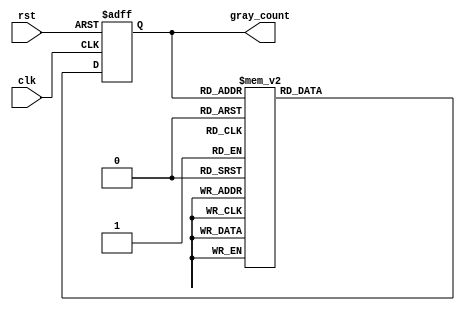
module GrayCounter (
    input wire clk,
    input wire rst,
    output reg [3:0] gray_count
);

reg [3:0] gray_count_next;

// Gray code sequence
always @(posedge clk or posedge rst) begin
    if (rst) begin
        gray_count <= 4'b0000;
    end else begin
        gray_count <= gray_count_next;
    end
end

// Gray code counter logic
always @(*) begin
    case(gray_count)
        4'b0000: gray_count_next = 4'b0001;
        4'b0001: gray_count_next = 4'b0011;
        4'b0011: gray_count_next = 4'b0010;
        4'b0010: gray_count_next = 4'b0110;
        4'b0110: gray_count_next = 4'b0111;
        4'b0111: gray_count_next = 4'b0101;
        4'b0101: gray_count_next = 4'b0100;
        4'b0100: gray_count_next = 4'b1100;
        4'b1100: gray_count_next = 4'b1101;
        4'b1101: gray_count_next = 4'b1111;
        4'b1111: gray_count_next = 4'b1110;
        4'b1110: gray_count_next = 4'b1010;
        4'b1010: gray_count_next = 4'b1011;
        4'b1011: gray_count_next = 4'b1001;
        4'b1001: gray_count_next = 4'b1000;
        4'b1000: gray_count_next = 4'b0000;
        default: gray_count_next = 4'b0000;
    endcase
end

endmodule